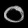
Digit: ၀